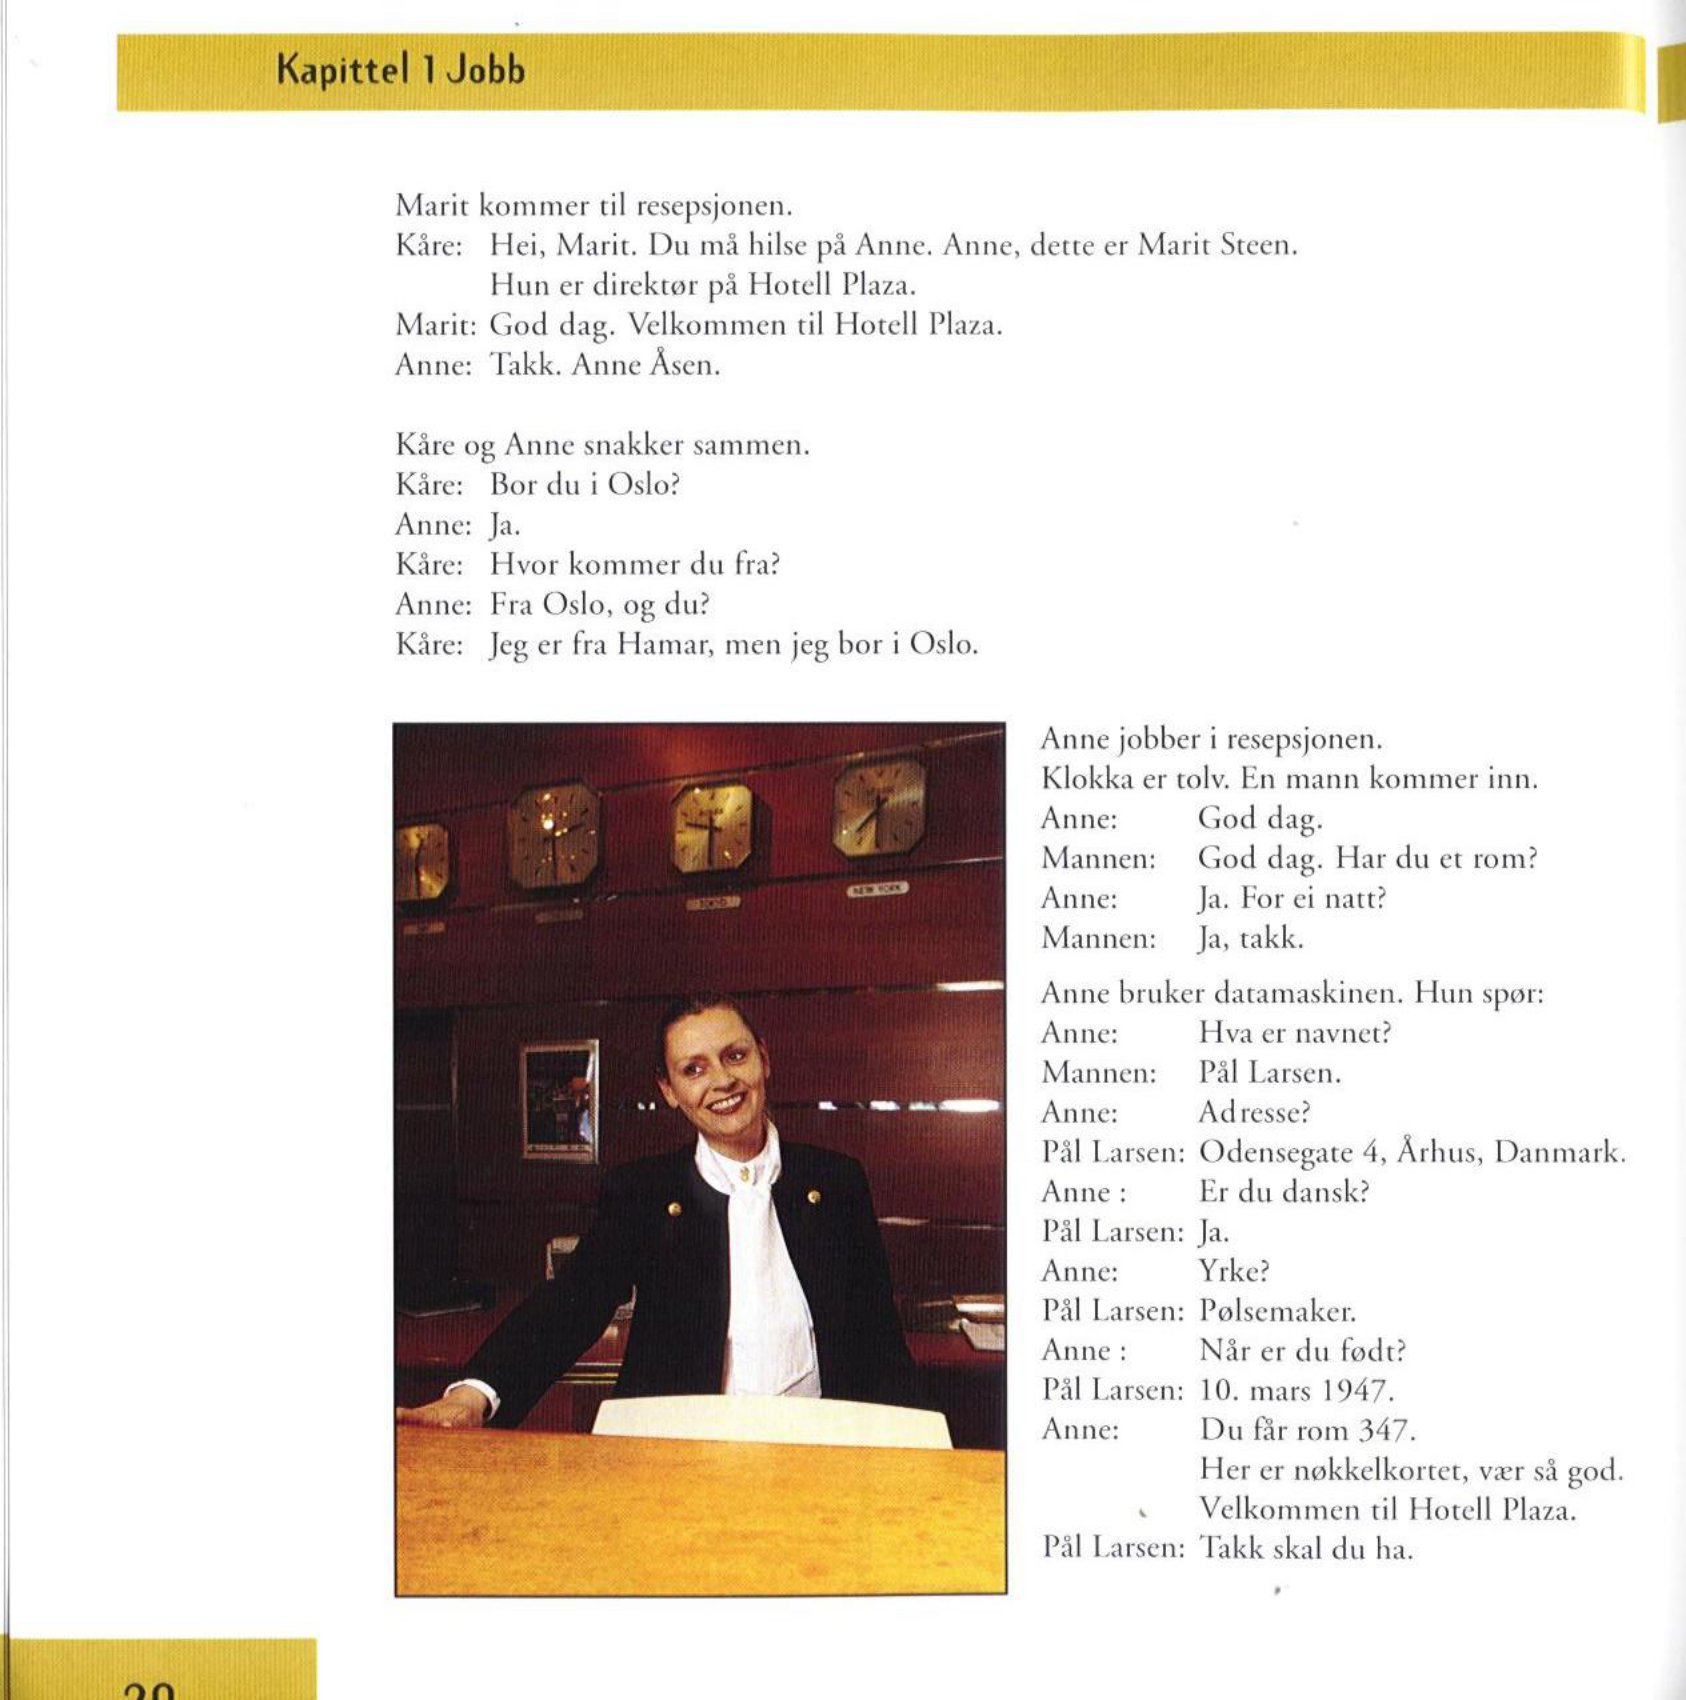
Language: no